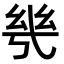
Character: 𭙌